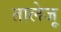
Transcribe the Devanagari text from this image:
तालेजू